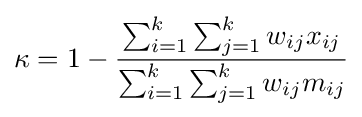
\kappa =1-{\frac {\sum _{i=1}^{k}\sum _{j=1}^{k}w_{ij}x_{ij}}{\sum _{i=1}^{k}\sum _{j=1}^{k}w_{ij}m_{ij}}}